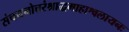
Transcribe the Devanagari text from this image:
संचयनोत्तरंश्राद्धमाहाश्वलायनः